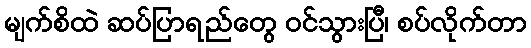
မျက်စိထဲ ဆပ်ပြာရည်တွေ ဝင်သွားပြီ၊ စပ်လိုက်တာ